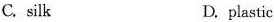
C. silk D. plastic